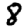
Digit: 8